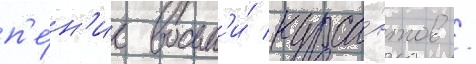
п'е́н'ие восьм'и́ курса́нтов /